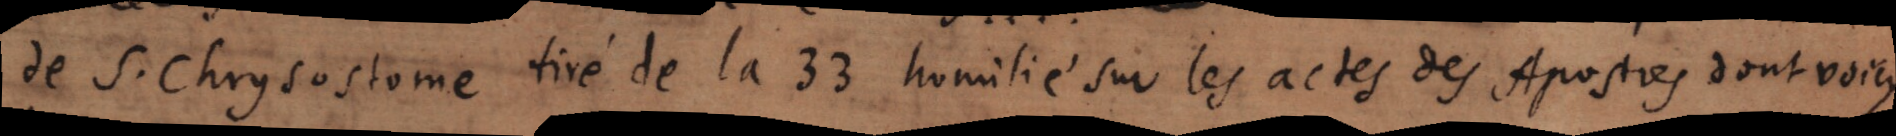
de S. Chrysostome tiré de la 33 homilie sur les actes des Apostres dont voicy